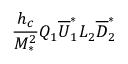
\frac { h _ { c } } { M _ { * } ^ { 2 } } Q _ { 1 } \overline { { { U } } } _ { 1 } ^ { * } L _ { 2 } \overline { { { D } } } _ { 2 } ^ { * }